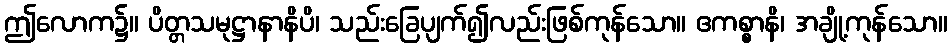
ဤလောက၌။ ပိတ္တသမုဋ္ဌာနာနိပိ၊ သည်းခြေပျက်၍လည်းဖြစ်ကုန်သော။ ဧကစ္စာနိ၊ အချို့ကုန်သော။